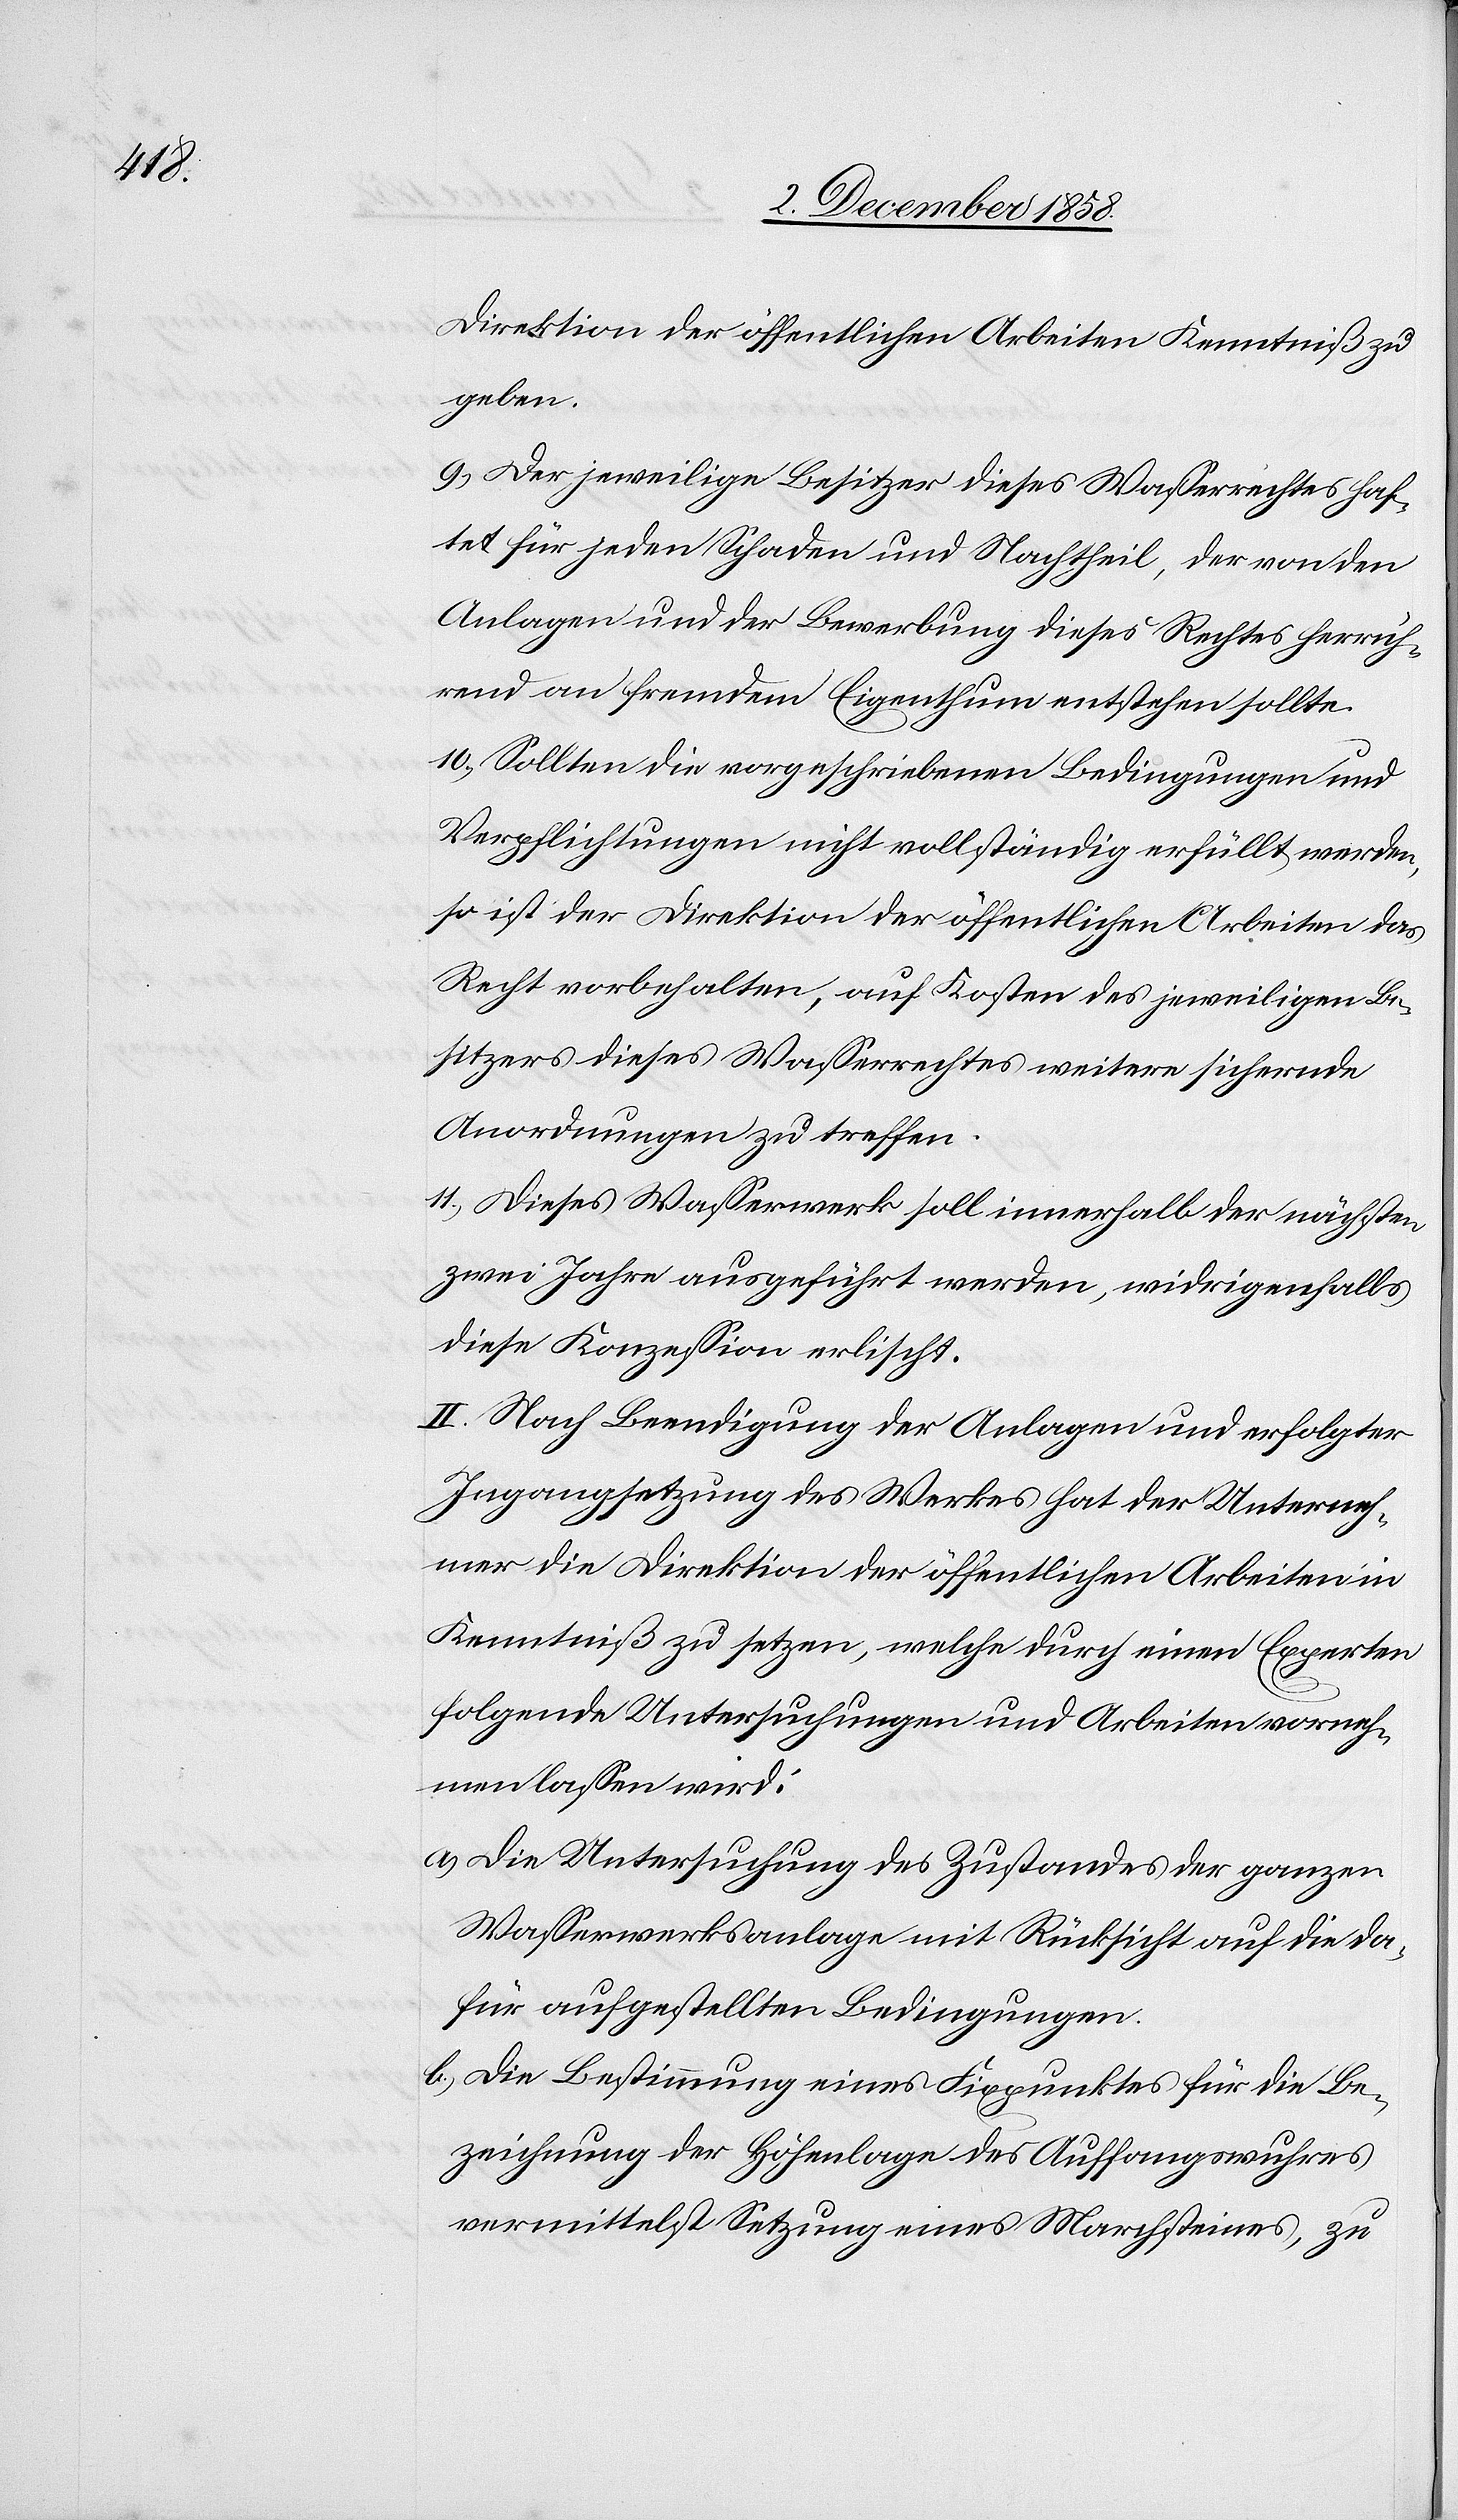
Direktion der öffentlichen Arbeiten Kenntniß zu
geben.
9.) Der jeweilige Besitzer dieses Wasserrechtes haf¬
tet für jeden Schaden und Nachtheil, der von den
Anlagen und der Bewerbung dieses Rechtes herrüh¬
rend an fremdem Eigenthum entstehen sollte.
10.) Sollten die vorgeschriebenen Bedingungen und
Verpflichtungen nicht vollständig erfüllt werden,
so ist der Direktion der öffentlichen Arbeiten das
Recht vorbehalten, auf Kosten des jeweiligen Be¬
sitzers dieses Wasserrechtes weitere sichernde
Anordnungen zu treffen.
11.) Dieses Wasserwerk soll innerhalb der nächsten
zwei Jahre ausgeführt werden, widrigenfalls
diese Konzession erlischt.
II. Nach Beendigung der Anlagen und erfolgter
Ingangsetzung des Werkes hat der Unterneh¬
mer die Direktion der öffentlichen Arbeiten in
Kenntniß zu setzen, welche durch einen Experten
folgende Untersuchungen und Arbeiten vorneh¬
men lassen wird:
Die Untersuchung des Zustandes der ganzen
Wasserwerksanlage mit Rücksicht auf die da¬
für aufgestellten Bedingungen.
Die Bestimmung eines Fixpunktes für die Be¬
zeichnung der Höhenlage des Auffangswuhres
vermittelst Setzung eines Marchsteines, zu